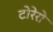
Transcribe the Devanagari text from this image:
टोरेरो